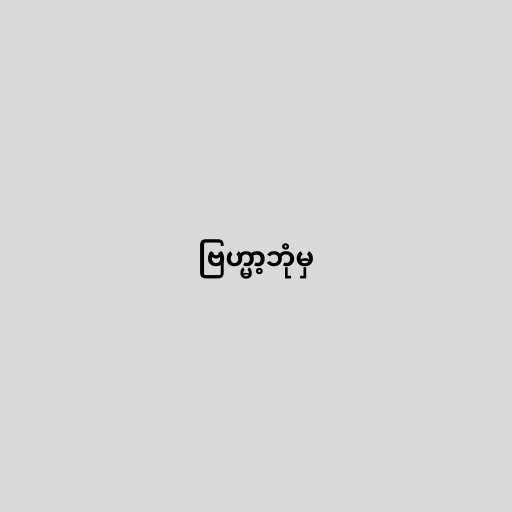
ဗြဟ္မာ့ဘုံမှ